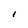
Character: I